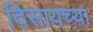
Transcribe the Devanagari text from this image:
दिसायच्या